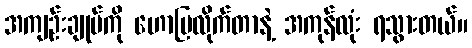
အကျဉ်းချုပ်ကို ဟောပြလိုက်တာနဲ့ အကုန်လုံး ရသွားတယ်။